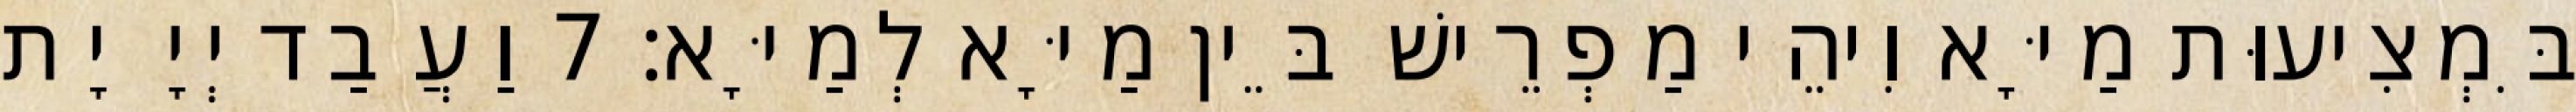
בִּמְצִיעוּת מַיָּא וִיהֵי מַפְרֵישׁ בֵּין מַיָּא לְמַיָּא׃ 7 וַעֲבַד יְיָ יָת